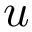
u